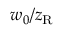
w _ { 0 } / z _ { \mathrm { R } }